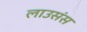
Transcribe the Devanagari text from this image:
लाउसंस